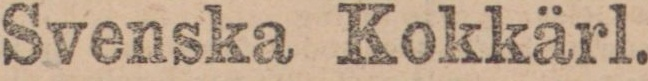
Svenska Kokkärl.